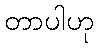
တာပါဟု